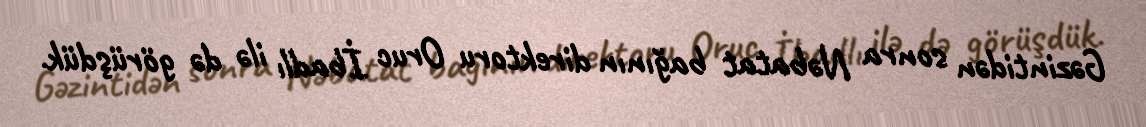
Gəzintidən sonra Nəbatat bağının direktoru Oruc İbadlı ilə də görüşdük.